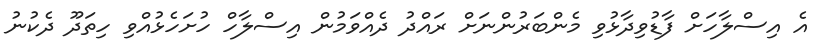
އެ އިސްލާހަށް ފާޑުވިދާޅުވި މެންބަރުންނަށް ރައްދު ދެއްވަމުން އިސްލާހް ހުށަހެޅުއްވި ހިތަދޫ ދެކުނު